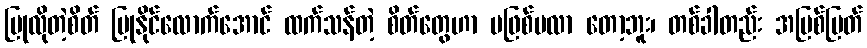
ပြုလိုတဲ့စိတ် ပြုနိုင်လောက်အောင် ထက်သန်တဲ့ စိတ်တွေဟာ မဖြစ်မလာ တော့ဘူး၊ တစ်ခါတည်း အမြစ်ပြတ်